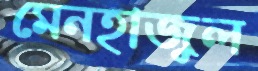
মেনহাজুল